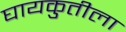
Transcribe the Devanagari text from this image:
घायकुतीला